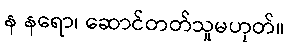
န နရော၊ ဆောင်တတ်သူမဟုတ်။